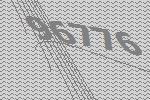
96776